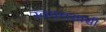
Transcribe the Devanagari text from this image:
स्वयत्तशासी